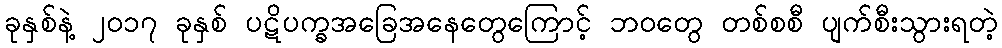
ခုနှစ်နဲ့ ၂၀၁၇ ခုနှစ် ပဋိပက္ခအခြေအနေတွေကြောင့် ဘဝတွေ တစ်စစီ ပျက်စီးသွားရတဲ့